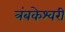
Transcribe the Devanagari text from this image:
त्रंबकेश्वरी